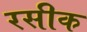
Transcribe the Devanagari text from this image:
रसीक